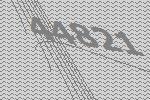
44821